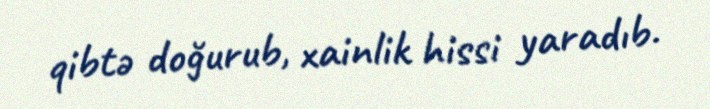
qibtə doğurub, xainlik hissi yaradıb.